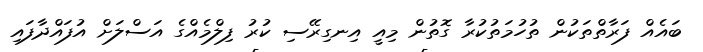
ބައެއް ފަރާތްތަކުން ތުހުމަތުކުރާ ގޮތުން މިއީ އިނގިރޭސި ކުރު ފިލްމެއްގެ އަސްލަށް އުފައްދާފައި